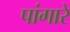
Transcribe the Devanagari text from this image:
पांगारे